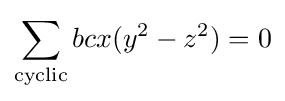
\sum _{\text{cyclic}}bcx(y^{2}-z^{2})=0